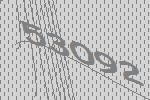
53092